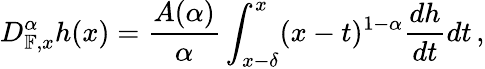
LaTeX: D_{\mathbb{F},x}^{\alpha}h(x)=\frac{A(\alpha)}{\alpha}\int_{x-\delta}^{x}(x-t)^{1-\alpha}\frac{dh}{dt}dt\, ,